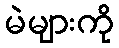
မဲများကို